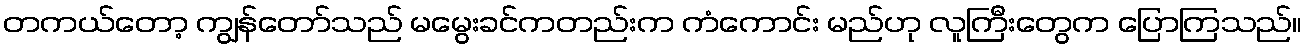
တကယ်တော့ ကျွန်တော်သည် မမွေးခင်ကတည်းက ကံကောင်း မည်ဟု လူကြီးတွေက ပြောကြသည်။